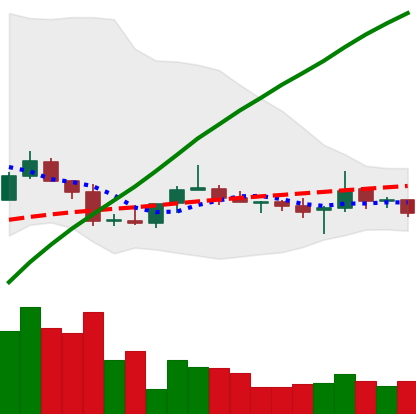
Ticker: TRX-USD
Chart end date: 2020-10-06
Forward return: 3.467%
Label: up_3_5